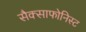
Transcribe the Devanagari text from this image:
सैक्साफोनिस्ट